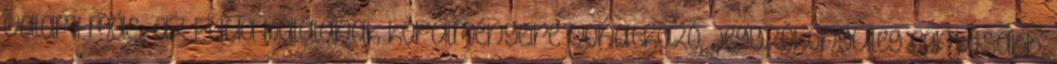
valami más, az Edua halálának körülményeire vonatkozó, jegyzõkönyvileg fontosabb,